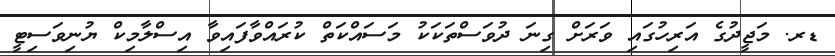
ޑރ. މަޖީދުގެ އަރިހުގައި ވަރަށް ގިނަ ދުވަސްތަކަކު މަސައްކަތް ކުރައްވާފައިވާ އިސްލާމިކް ޔުނިވަސިޓީ